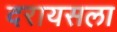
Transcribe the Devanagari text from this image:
दरायसला